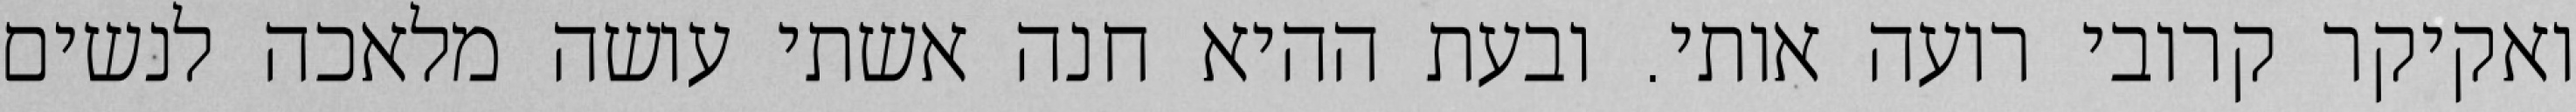
ואקיקר קרובי רועה אותי. ובעת ההיא חנה אשתי עושה מלאכה לנשים